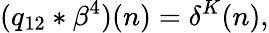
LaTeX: (q_{12}*\beta^{4})(n)=\delta^{K}(n),